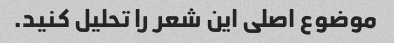
موضوع اصلی این شعر را تحلیل کنید.